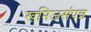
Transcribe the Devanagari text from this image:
खनिजसंपन्न